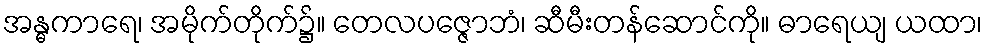
အန္ဓကာရေ၊ အမိုက်တိုက်၌။ တေလပဇ္ဇောဘံ၊ ဆီမီးတန်ဆောင်ကို။ ဓာရေယျ ယထာ၊